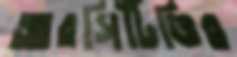
আরসিটিভির